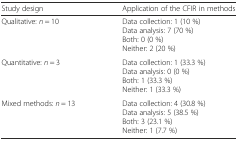
<table><thead><tr><td><b>Study design</b></td><td><b>Application of the CFIR in methods</b></td></tr></thead><tbody><tr><td>Qualitative: <i>n</i> = 10</td><td>Data collection: 1 (10 %)Data analysis: 7 (70 %)Both: 0 (0 %)Neither: 2 (20 %)</td></tr><tr><td>Quantitative: <i>n</i> = 3</td><td>Data collection: 1 (33.3 %)Data analysis: 0 (0 %)Both: 1 (33.3 %)Neither: 1 (33.3 %)</td></tr><tr><td>Mixed methods: <i>n</i> = 13</td><td>Data collection: 4 (30.8 %)Data analysis: 5 (38.5 %)Both: 3 (23.1 %)Neither: 1 (7.7 %)</td></tr></tbody></table>